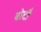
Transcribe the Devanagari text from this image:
बोटौ